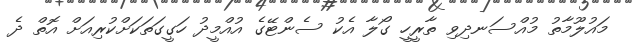
މައުލޫމާތު މުއްސަނދިވި ތާރީހީ ގޯލާ އެކު ސެންޓޭގެ އުއްމީދު ހަގީގަތަކަށްކުރިއަށް އޮތް ދެ